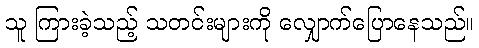
သူ ကြားခဲ့သည့် သတင်းများကို လျှောက်ပြောနေသည်။